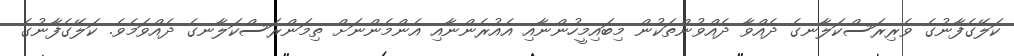
ކަލޭގެފާނުގެ ވެރިރަސްކަލާނގެ ދެއްވާ ދެއްވުންތަކުން މިބައިމީހުންނާއި އެއުރެންނާއި އެންމެންނަށް ތިމަންރަސްކަލާނގެ ދެއްވަމެވެ. ކަލޭގެފާނުގެ